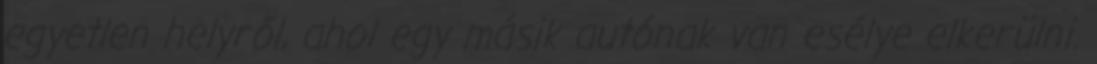
egyetlen helyről, ahol egy másik autónak van esélye elkerülni.